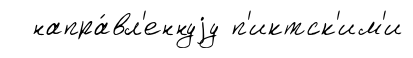
напра́вл'еннуjу п'иктск'им'и